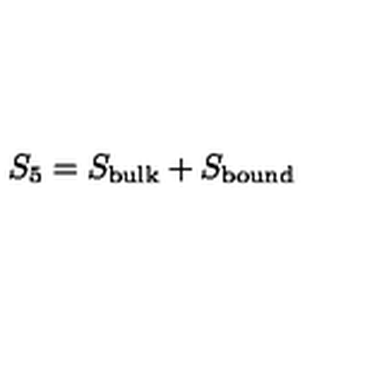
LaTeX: S _ { 5 } = S _ { \mathrm { b u l k } } + S _ { \mathrm { b o u n d } }